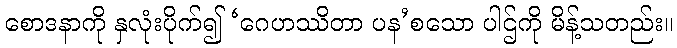
စောဒနာကို နှလုံးပိုက်၍ ‘ဂေဟဿိတာ ပန’စသော ပါဌ်ကို မိန့်သတည်း။